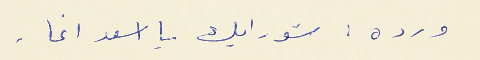
ورده : شو رايك يا اسعد اغا .